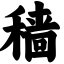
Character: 穑